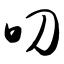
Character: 叼